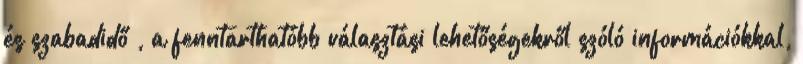
és szabadidő , a fenntarthatóbb választási lehetőségekről szóló információkkal,